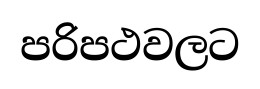
පරිපථවලට